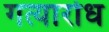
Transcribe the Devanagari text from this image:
गत्यारोध